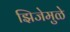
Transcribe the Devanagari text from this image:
झिजेमुळे